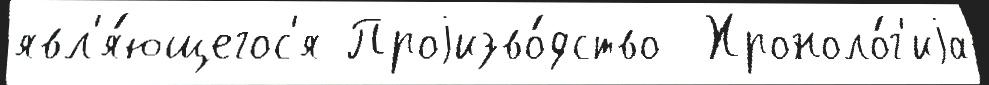
явл'я́ющегос'я Проjизво́дство  Хроноло́г'иjа